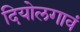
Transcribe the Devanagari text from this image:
दियोलगावं